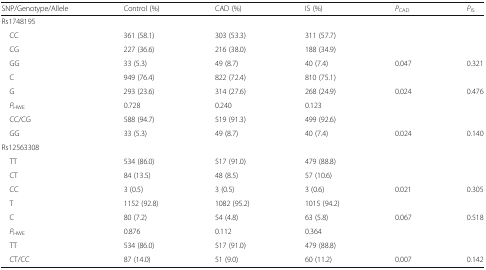
<table><thead><tr><td><b>SNP/Genotype/Allele</b></td><td><b>Control (%)</b></td><td><b>CAD (%)</b></td><td><b>IS (%)</b></td><td><b><i>P</i><sub>CAD</sub></b></td><td><b><i>P</i><sub>IS</sub></b></td></tr></thead><tbody><tr><td colspan="6">Rs1748195</td></tr><tr><td> CC</td><td>361 (58.1)</td><td>303 (53.3)</td><td>311 (57.7)</td><td></td><td></td></tr><tr><td> CG</td><td>227 (36.6)</td><td>216 (38.0)</td><td>188 (34.9)</td><td></td><td></td></tr><tr><td> GG</td><td>33 (5.3)</td><td>49 (8.7)</td><td>40 (7.4)</td><td>0.047</td><td>0.321</td></tr><tr><td> C</td><td>949 (76.4)</td><td>822 (72.4)</td><td>810 (75.1)</td><td></td><td></td></tr><tr><td> G</td><td>293 (23.6)</td><td>314 (27.6)</td><td>268 (24.9)</td><td>0.024</td><td>0.476</td></tr><tr><td> <i>P</i><sub>HWE</sub></td><td>0.728</td><td>0.240</td><td>0.123</td><td></td><td></td></tr><tr><td> CC/CG</td><td>588 (94.7)</td><td>519 (91.3)</td><td>499 (92.6)</td><td></td><td></td></tr><tr><td> GG</td><td>33 (5.3)</td><td>49 (8.7)</td><td>40 (7.4)</td><td>0.024</td><td>0.140</td></tr><tr><td colspan="6">Rs12563308</td></tr><tr><td> TT</td><td>534 (86.0)</td><td>517 (91.0)</td><td>479 (88.8)</td><td></td><td></td></tr><tr><td> CT</td><td>84 (13.5)</td><td>48 (8.5)</td><td>57 (10.6)</td><td></td><td></td></tr><tr><td> CC</td><td>3 (0.5)</td><td>3 (0.5)</td><td>3 (0.6)</td><td>0.021</td><td>0.305</td></tr><tr><td> T</td><td>1152 (92.8)</td><td>1082 (95.2)</td><td>1015 (94.2)</td><td></td><td></td></tr><tr><td> C</td><td>80 (7.2)</td><td>54 (4.8)</td><td>63 (5.8)</td><td>0.067</td><td>0.518</td></tr><tr><td> <i>P</i><sub>HWE</sub></td><td>0.876</td><td>0.112</td><td>0.364</td><td></td><td></td></tr><tr><td> TT</td><td>534 (86.0)</td><td>517 (91.0)</td><td>479 (88.8)</td><td></td><td></td></tr><tr><td> CT/CC</td><td>87 (14.0)</td><td>51 (9.0)</td><td>60 (11.2)</td><td>0.007</td><td>0.142</td></tr></tbody></table>